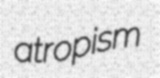
atropism